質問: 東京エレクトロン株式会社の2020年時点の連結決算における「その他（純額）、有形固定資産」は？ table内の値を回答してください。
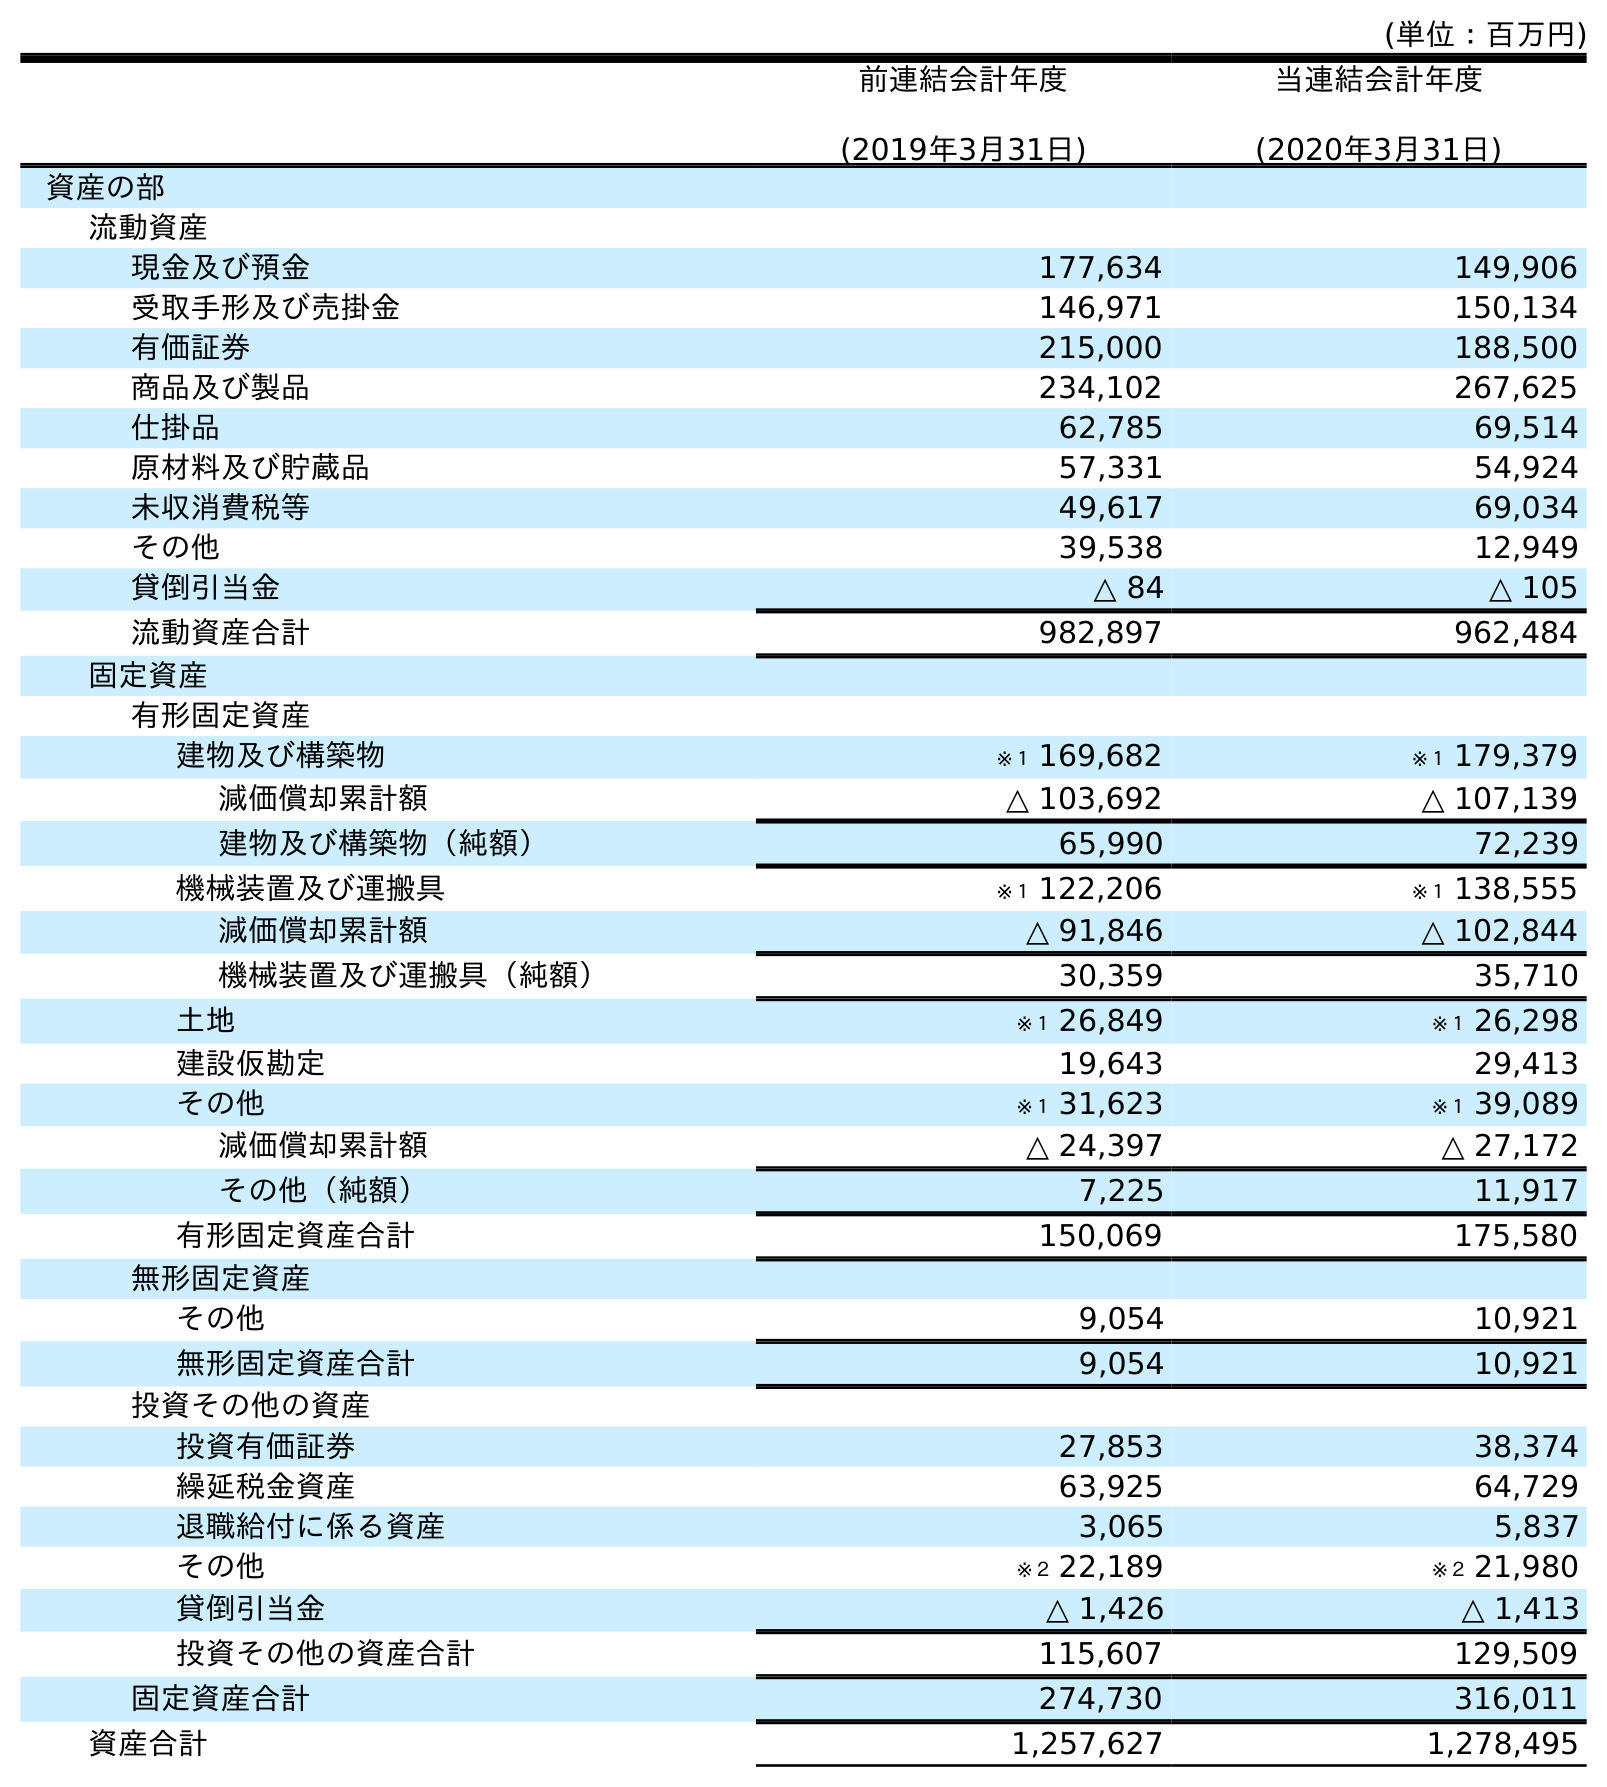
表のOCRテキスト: (単位：百万円) 前連結会計年度 (2019年3月31日) 当連結会計年度 (2020年3月31日) 資産の部 流動資産 現金及び預金 177,634 149,906 受取手形及び売掛金 146,971 150,134 有価証券 215,000 188,500 商品及び製品 234,102 267,625 仕掛品 62,785 69,514 原材料及び貯蔵品 57,331 54,924 未収消費税等 49,617 69,034 その他 39,538 12,949 貸倒引当金 △ 84 △ 105 流動資産合計 982,897 962,484 固定資産 有形固定資産 建物及び構築物 ※１ 169,682 ※１ 179,379 減価償却累計額 △ 103,692 △ 107,139 建物及び構築物（純額） 65,990 72,239 機械装置及び運搬具 ※１ 122,206 ※１ 138,555 減価償却累計額 △ 91,846 △ 102,844 機械装置及び運搬具（純額） 30,359 35,710 土地 ※１ 26,849 ※１ 26,298 建設仮勘定 19,643 29,413 その他 ※１ 31,623 ※１ 39,089 減価償却累計額 △ 24,397 △ 27,172 その他（純額） 7,225 11,917 有形固定資産合計 150,069 175,580 無形固定資産 その他 9,054 10,921 無形固定資産合計 9,054 10,921 投資その他の資産 投資有価証券 27,853 38,374 繰延税金資産 63,925 64,729 退職給付に係る資産 3,065 5,837 その他 ※２ 22,189 ※２ 21,980 貸倒引当金 △ 1,426 △ 1,413 投資その他の資産合計 115,607 129,509 固定資産合計 274,730 316,011 資産合計 1,257,627 1,278,495
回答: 11,917